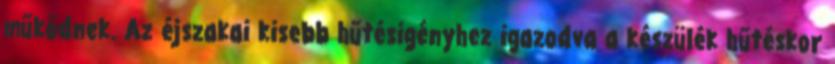
működnek. Az éjszakai kisebb hűtésigényhez igazodva a készülék hűtéskor